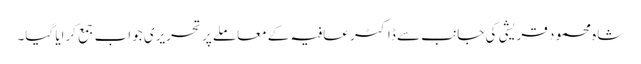
شاہ محمود قریشی کی جانب سے ڈاکٹر عافیہ کے معاملے پر تحریری جواب جمع کرایا گیا۔